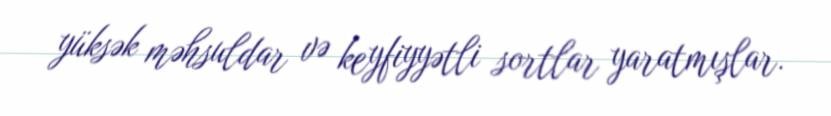
yüksək məhsuldar və keyfiyyətli sortlar yaratmışlar.